Leprosy in India: report of the Leprosy Commission in India, 1890-91
Year: 1890
Disease focus: Leprosy
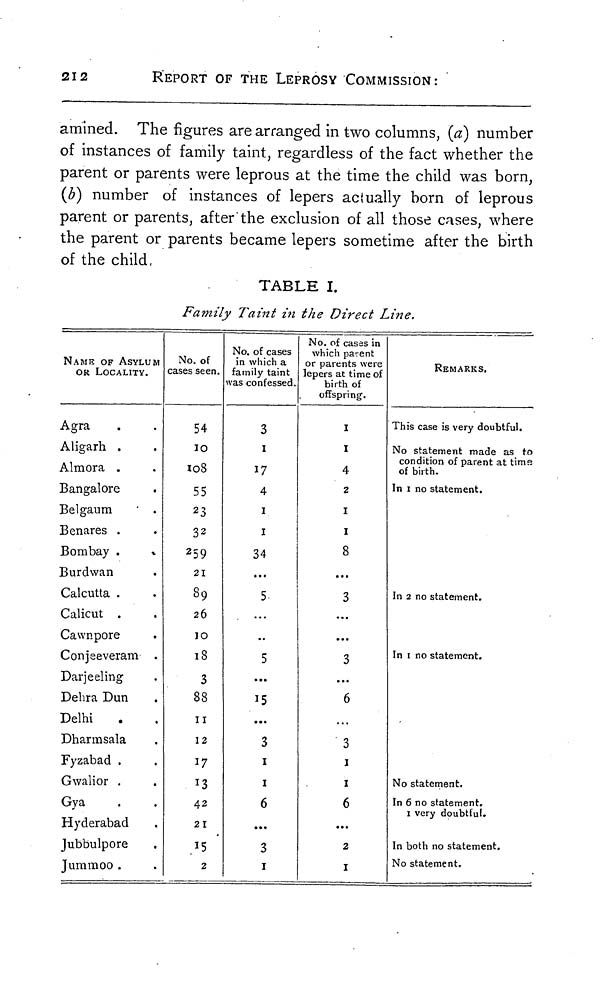
212
REPORT OF THE LEPROSY COMMISSION:
amined. The figures are arranged in two columns, (a) number
of instances of family taint, regardless of the fact whether the
parent or parents were leprous at the time the child was born,
(b) number of instances of lepers actually born of leprous
parent or parents, after the exclusion of all those cases, where
the parent or parents became lepers sometime after the birth
of the child,
TABLE I.
Family Taint in the Direct Line.
NAME OF ASYLUM
OR LOCALITY.
Agra
Aligarh
Almora .
Bangalore
Belgaum
Benares .
Bombay .
Burdwan
Calcutta .
Calicut .
Cawnpore
Conjeeveram
Darjeeling
Dehra Dun
Delhi
Dharmsala
Fyzabad .
Gwalior .
Gya
Hyderabad
Jubbulpore
Jummoo .
No. of
cases seen.
54
10
108
55
23
32
259
21
89
26
10
18
3
88
11
12
17
13
42
21
15
2
No. of cases
in which a
family taint
vas confessed.
3
1
17
4
1
1
34
...
5
..
5
...
15
...
3
1
1
6
...
3
1
No. of cases in
which parent
or parents were
lepers at time of
birth of
offspring.
1
1
4
2
1
1
8
...
3
...
...
3
...
6
3
1
1
6
...
2
1
REMARKS.
This case is very doubtful.
No statement made as to
condition of parent at time
of birth.
In 1 no statement.
In 2 no statement.
In 1 no statement.
No statement.
In 6 no statement.
1 very doubtful.
In both no statement.
No statement.